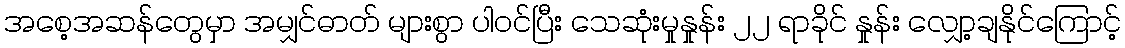
အစေ့အဆန်တွေမှာ အမျှင်ဓာတ် များစွာ ပါဝင်ပြီး သေဆုံးမှုနှုန်း ၂၂ ရာခိုင် နှုန်း လျှော့ချနိုင်ကြောင့်